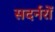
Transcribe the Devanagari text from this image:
सदर्नरों